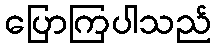
ပြောကြပါသည်